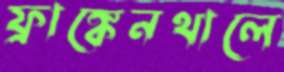
ফ্রাঙ্কেনথালে